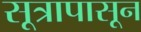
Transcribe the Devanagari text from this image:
सूत्रापासून